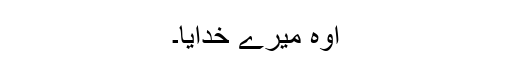
اوہ میرے خدایا۔